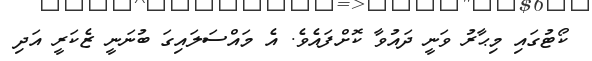
ކޯޓުގައި މިޙާރު ވަނީ ދައުވާ ކޮށްފައެވެ. އެ މައްސަލައިގަ ބުނަނީ ޒެކަރީ އަދި